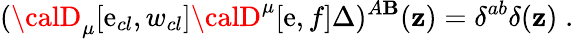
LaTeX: ({\calD}_{\mu}[\mathrm{e}_{cl},w_{cl}]{\calD}^{\mu}[\mathrm{e},f]\Delta)^{A\mathbf{B}}(\mathbf{z})=\delta^{ab}\delta(\mathbf{z})\; .